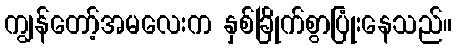
ကျွန်တော့်အမလေးက နှစ်ခြိုက်စွာပြုံးနေသည်။